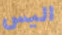
اليس